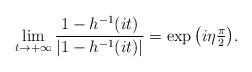
LaTeX: \begin{align*}\lim_{t\to+\infty}\frac{1-h^{-1}(it)}{|1-h^{-1}(it)|}=\exp\big(i\eta\tfrac\pi2\big).\end{align*}